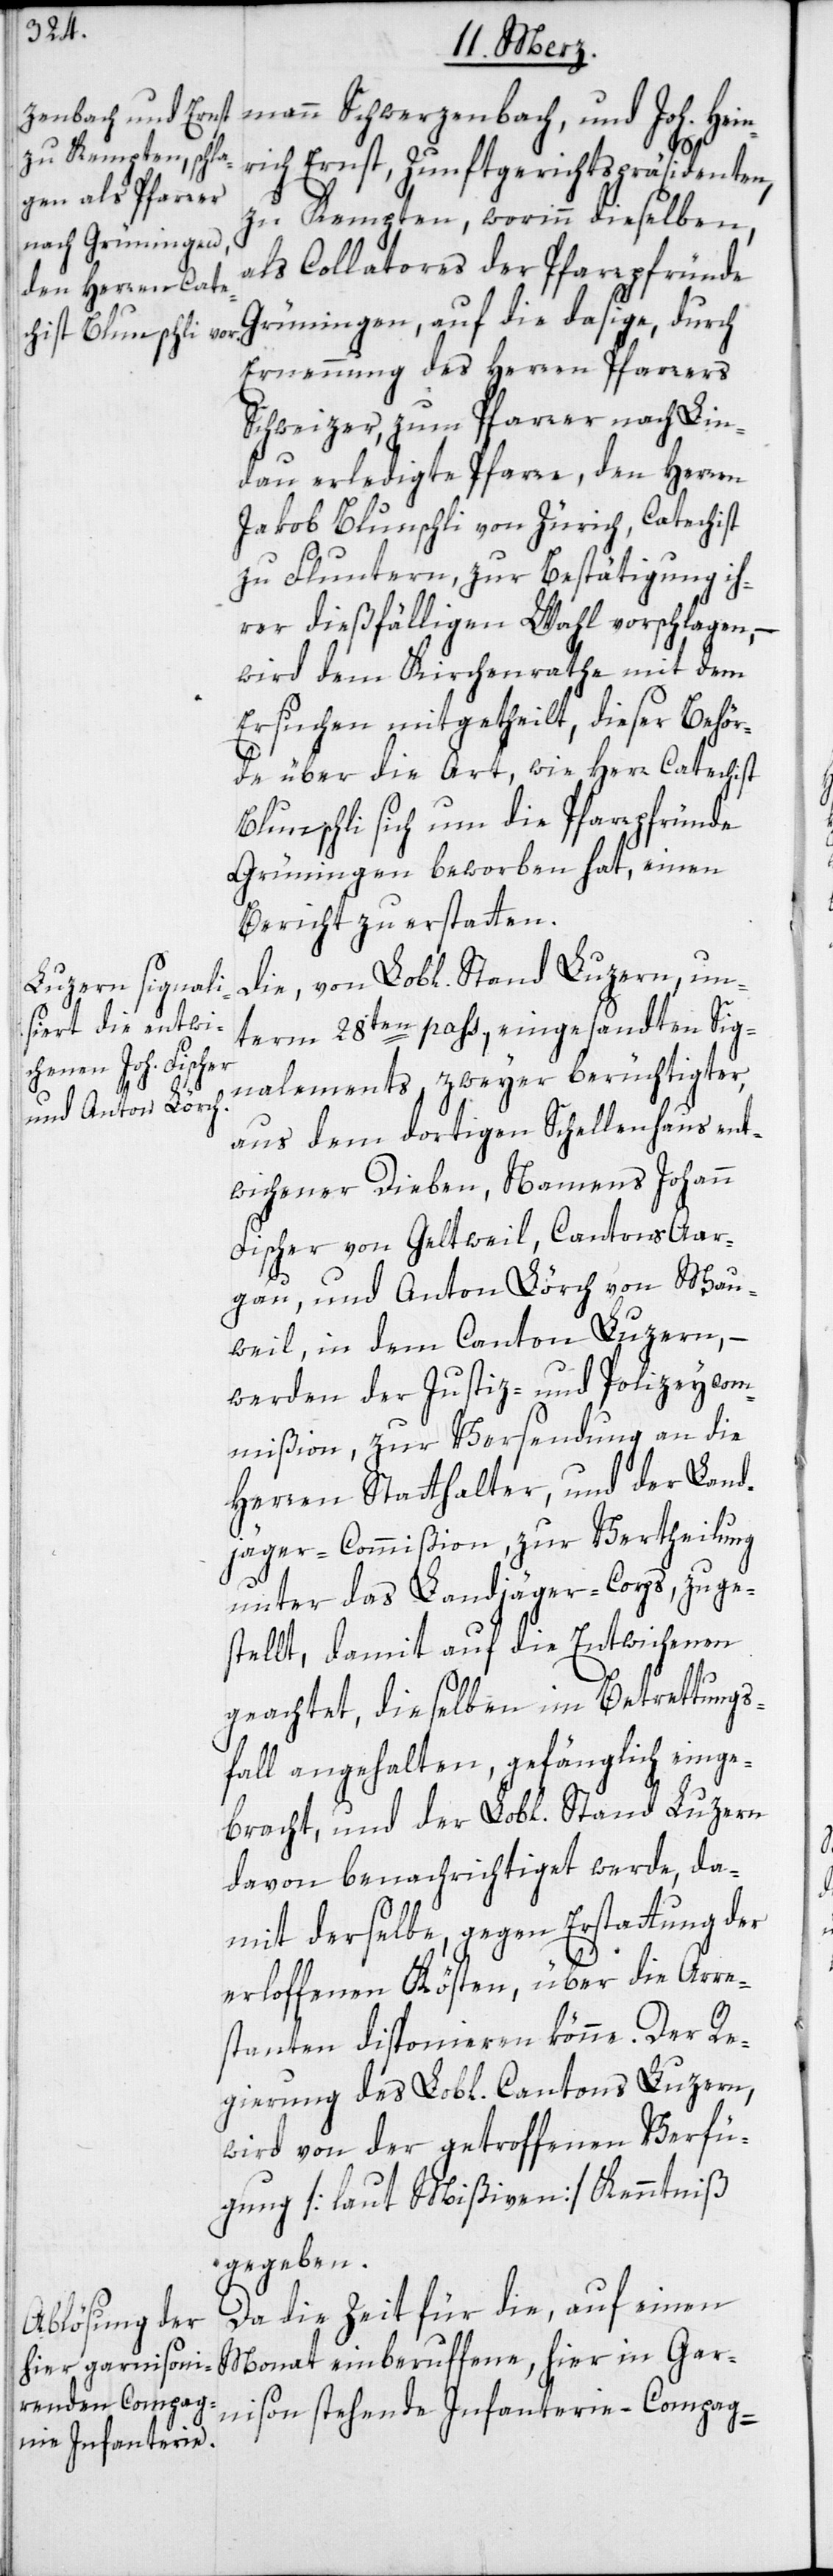
mann Schwerzenbach, und Joh. Heinr¬
Gar¬
ich Ernst, Zunftgerichtspräsidenten,
zu Kempten, worinn dieselben,
als Collatores der Pfarrpfründe
Grüningen, auf die dasige, durch
Ernennung des Herren Pfarrers
Schweizer zum Pfarrer nach Lin¬
dau erledigte Pfarre, den Herren
Jakob Blunschli von Zürich, Catechist
zu Fluntern, zur Bestätigung ih¬
rer dießfälligen Wahl vorschlagen, –
wird dem Kirchenrathe mit dem
Ersuchen mitgetheilt, dieser Behör¬
de über die Art, wie Herr Catechist
Blunschli sich um die Pfarrpfründe
Grüningen beworben hat, einen
Bericht zu erstatten.
Die, von Lobl. Stand Luzern, un¬
term 28sten pass., eingesandten Sig¬
nalements, zweyer berüchtigter,
aus dem dortigen Schellenhaus ent¬
wichener Dieben, Namens Johann
Fischer von Geltwil, Cantons Aar¬
gau, und Anton Lörch von Wau¬
weil, in dem Canton Luzern, –
werden der Justiz- und Polizeycom¬
mißion, zur Versendung an die
Herren Statthalter, und der Land¬
jäger-Commißion, zur Vertheilung
unter das Landjäger-Corps, zuge¬
stellt, damit auf die Entwichenen
geachtet, dieselben im Betrettungs¬
fall angehalten, gefänglich einge¬
bracht, und der Lobl. Stand Luzern
davon benachrichtiget werde, da¬
mit derselbe, gegen Erstattung der
erloffenen Kösten, über die Arre¬
stanten disponieren könne. Der Re¬
gierung des Lobl. Cantons Luzern,
wird von der getroffenen Verfü¬
gung [laut Mißiven] Kenntniß
gegeben.
Da die Zeit für die, auf einen
nison stehende Infanterie-Compag-